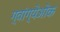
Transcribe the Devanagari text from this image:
ग्वांग्येओक